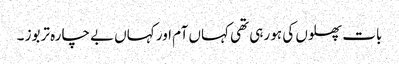
بات پھلوں کی ہو رہی تھی کہاں آم اور کہاں بے چارہ تربوز ۔